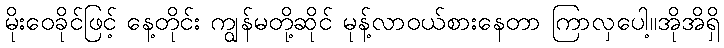
မိုးဝေခိုင်ဖြင့် နေ့တိုင်း ကျွန်မတို့ဆိုင် မုန့်လာဝယ်စားနေတာ ကြာလှပေါ့။အိုအိရှိ